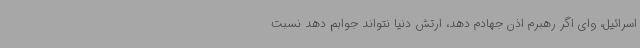
اسرائیل، وای اگر رهبرم اذن جهادم دهد، ارتش دنیا نتواند جوابم دهد نسبت